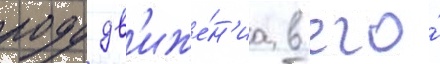
роду дв'иже́н'иа в его́